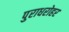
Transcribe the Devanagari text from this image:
पुराधरोहर